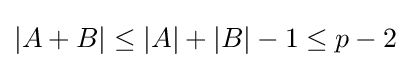
|A+B|\leq |A|+|B|-1\leq p-2